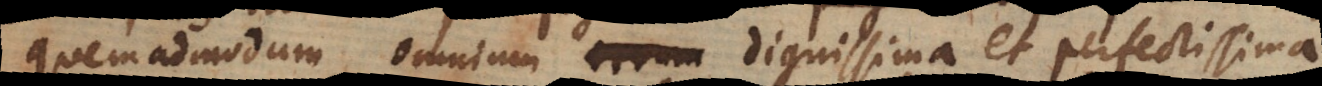
quemadmodum omnium dignissima et perfectissima